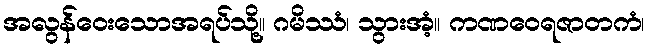
အလွန်ဝေးသောအရပ်သို့။ ဂမိဿံ၊ သွားအံ့။ ကဏဝေရဇာတကံ၊